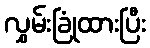
လွှမ်းခြုံထားပြီး